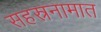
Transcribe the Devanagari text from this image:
सहस्रनामात